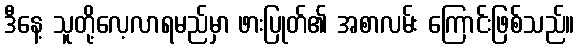
ဒီနေ့ သူတို့လေ့လာရမည်မှာ ဖားပြုတ်၏ အစာလမ်း ကြောင်းဖြစ်သည်။